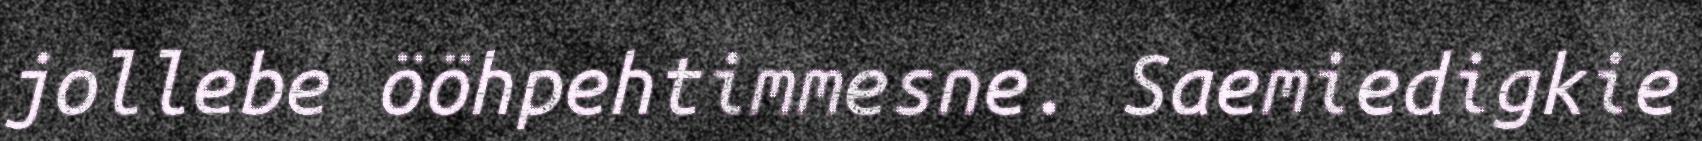
jollebe ööhpehtimmesne. Saemiedigkie